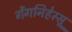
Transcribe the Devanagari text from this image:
गेंगनिहेस्सू